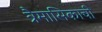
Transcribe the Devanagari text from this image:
त्रैमासिकाची